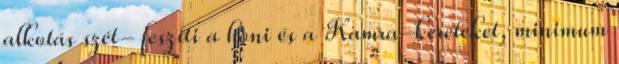
alkotás szét- feszíti a honi és a Kamra-kereteket, minimum